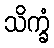
သိက္ခံ